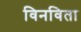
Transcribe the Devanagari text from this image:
विनविता